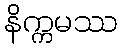
နိက္ကမဿ